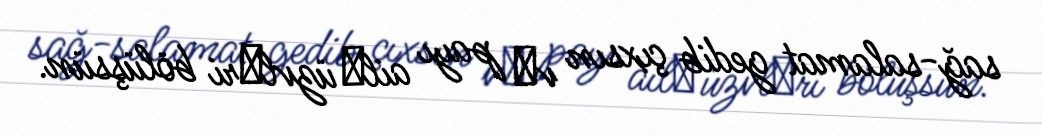
sağ-salamat gedib çıxsın vә payı ailә üzvlәri bölüşsün.